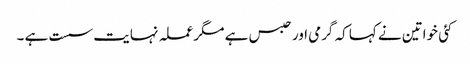
کئی خواتین نے کہا کہ گرمی اور حبس ہے مگر عملہ نہایت سست ہے ۔